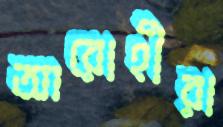
আরোহীরা